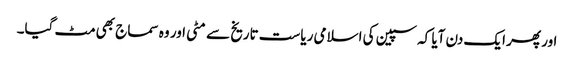
اور پھر ایک دن آیا کہ سپین کی اسلامی ریاست تاریخ سے مٹی اور وہ سماج بھی مٹ گیا۔